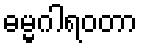
ဓမ္မဂါရဝတာ